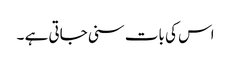
اس کی بات سنی جاتی ہے ۔